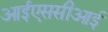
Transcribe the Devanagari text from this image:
आईएससीआई